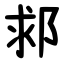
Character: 䣇